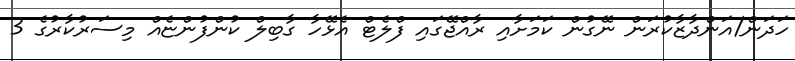
ހަދަން/އަންދާޒާކުރަން ނޭގުން ކަމަށާއި ރާއްޖޭގައި ފްލެޓް އެޅޭހާ ގާބިލް ކުންފުންޏެެއް މިސަރުކާރުގެ 3